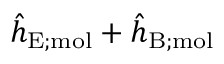
\hat { h } _ { \mathrm { E ; m o l } } + \hat { h } _ { \mathrm { B ; m o l } }